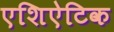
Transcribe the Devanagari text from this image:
एशिऐटिक